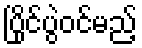
ပြိုင်ပွဲဝင်မည့်